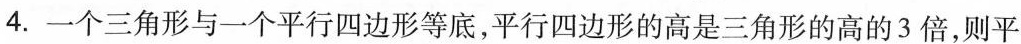
4.一个三角形与一个平行四边形等底，平行四边形的高是三角形的高的3倍，则平